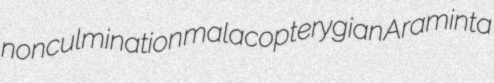
nonculmination malacopterygian Araminta